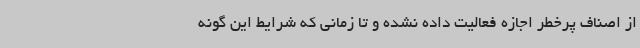
از اصناف پرخطر اجازه فعالیت داده نشده و تا زمانی که شرایط این گونه